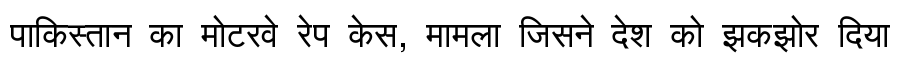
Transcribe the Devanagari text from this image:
पाकिस्तान का मोटरवे रेप केस, मामला जिसने देश को झकझोर दिया